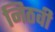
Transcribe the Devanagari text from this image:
निठवी